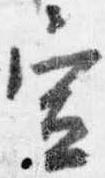
宣